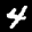
Label: 4